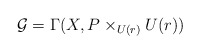
\begin{align*}\mathcal{G}=\Gamma(X,P\times_{U(r)} U(r)) \end{align*}